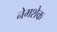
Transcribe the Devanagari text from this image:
नेमशेक